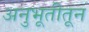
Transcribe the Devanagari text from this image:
अनुभूतीतून